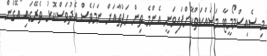
މި ސެއިސްމޯމީޓާ މަސައްކަތްކޮށްފައިވަނީ އެންމެ ތިން ހަފުތާއަށް ނަމަވެސް އެދުވަސްކޮޅު ތެރޭގައި އޭގެން